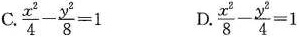
C.$$\frac{x^{2}}{4}- \frac{y^{2}}{8}=1$$ D.$$\frac{x^{2}}{8}- \frac{y^{2}}{4}=1$$